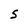
Character: S